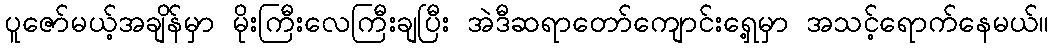
ပူဇော်မယ့်အချိန်မှာ မိုးကြီးလေကြီးချပြီး အဲဒီဆရာတော်ကျောင်းရှေ့မှာ အသင့်ရောက်နေမယ်။